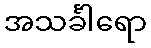
အသင်္ခါရော